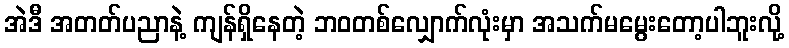
အဲဒီ အတတ်ပညာနဲ့ ကျန်ရှိနေတဲ့ ဘဝတစ်လျှောက်လုံးမှာ အသက်မမွေးတော့ပါဘူးလို့